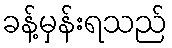
ခန့်မှန်းရသည်